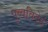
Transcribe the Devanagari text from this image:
पुव्वविदेहं